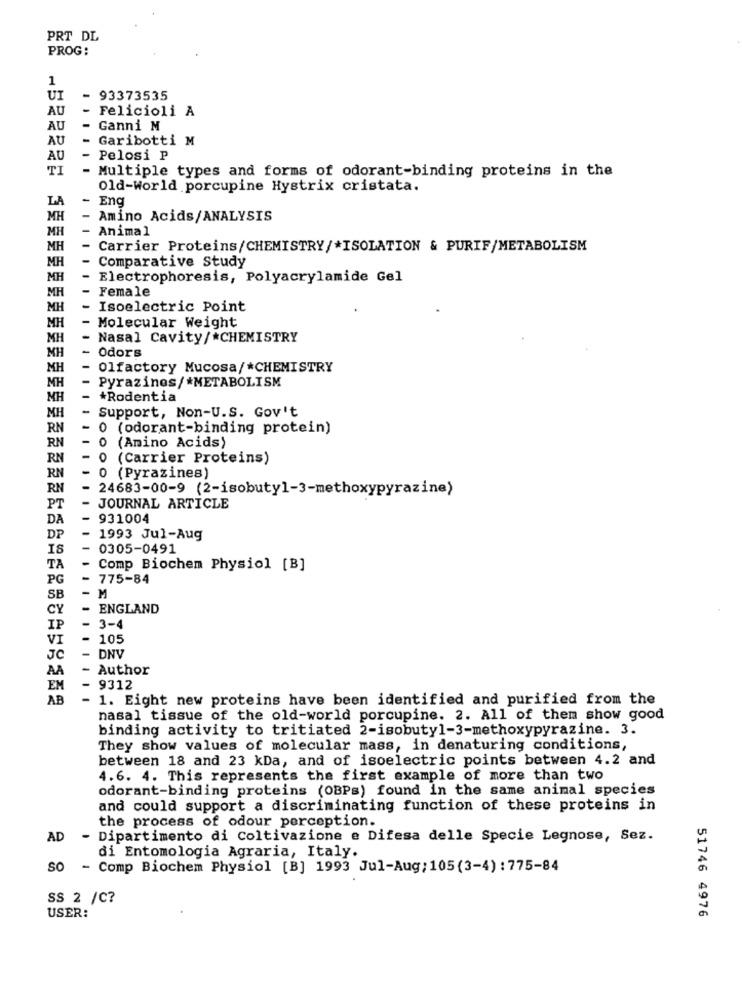
PRT DL
PROG:
1
UI
-
93373535
AU
- Felicioli A
AU
-
Ganni M
AU
-
Garibotti M
AU
- Pelosi P
TI
- Multiple types and forms of odorant-binding proteins in the
Old-World porcupine Hystrix cristata.
LA
- Eng
MH
- Amino Acids/ANALYSIS
MH
Animal
MH
- Carrier Proteins/CHEMISTRY/*ISOLATION & PURIF/METABOLISM
MH
-
Comparative Study
MH
-
Electrophoresis, Polyacrylamide Gel
MH
- Female
MH
-
Isoelectric Point
MH
- Molecular Weight
MH
- Nasal Cavity/*CHEMISTRY
MH
- Odors
MH
- Olfactory Mucosa/*CHEMISTRY
MH
- Pyrazines/*METABOLISM
MH
-
*Rodentia
MH
- Support, Non-U.S. Gov't
RN
- 0 (odorant-binding protein)
RN
0 (Amino Acids)
RN
-
0 (Carrier Proteins)
RN
-
0 (Pyrazines)
RN
- 24683-00-9 (2-isobutyl-3-methoxypyrazine)
PT
- JOURNAL ARTICLE
DA
-
931004
DP
- 1993 Jul-Aug
IS
0305-0491
TA
-
Comp Biochem Physiol [B]
PG
- 775-84
SB
- M
CY
- ENGLAND
IP
3-4
VI
- 105
JC
- DNV
AA
- Author
EM
-
9312
AB
- 1. Eight new proteins have been identified and purified from the
nasal tissue of the old-world porcupine. 2. All of them show good
binding activity to tritiated 2-isobutyl-3-methoxypyrazine. 3.
They show values of molecular mass, in denaturing conditions,
between 18 and 23 kDa, and of isoelectric points between 4.2 and
4.6. 4. This represents the first example of more than two
odorant-binding proteins (OBPs) found in the same animal species
and could support a discriminating function of these proteins in
the process of odour perception.
AD
- Dipartimento di Coltivazione e Difesa delle Specie Legnose, Sez.
di Entomologia Agraria, Italy.
SO - Comp Biochem Physiol [B] 1993 Jul-Aug; 105(3-4) : 775-84
SS 2 /C?
51746 4976
USER: